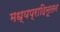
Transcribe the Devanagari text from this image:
मध्यप्रादिनूतन